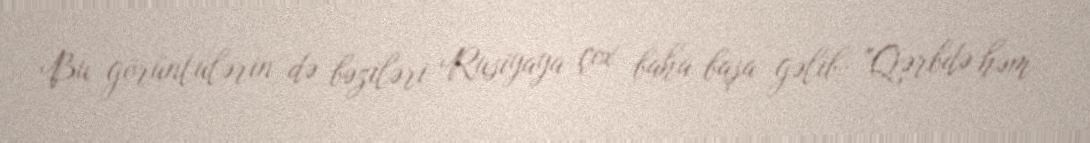
Bu görüntülərin də bəziləri Rusiyaya çox baha başa gəlib: "Qərbdə həm